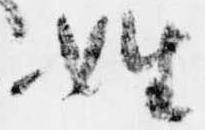
姓